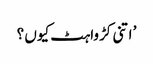
’ اتنی کڑواہٹ کیوں ؟